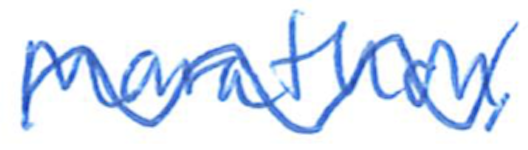
Text: Marathon,
Cross-out: mix
Writing tool: ballpoint